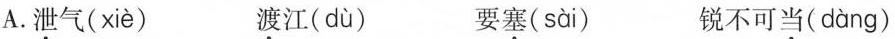
A. 泄气( xiè ) 渡江( dù ) 要塞( sài ) 锐不可当( dàng )